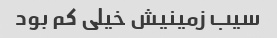
سیب زمینیش خیلی کم بود